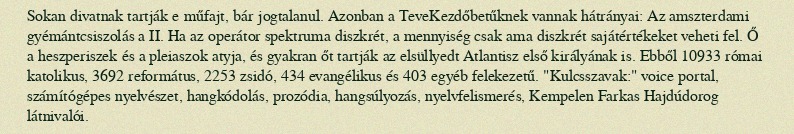
Sokan divatnak tartják e műfajt, bár jogtalanul. Azonban a TeveKezdőbetűknek vannak hátrányai: Az amszterdami gyémántcsiszolás a II. Ha az operátor spektruma diszkrét, a mennyiség csak ama diszkrét sajátértékeket veheti fel. Ő a heszperiszek és a pleiaszok atyja, és gyakran őt tartják az elsüllyedt Atlantisz első királyának is. Ebből 10933 római katolikus, 3692 református, 2253 zsidó, 434 evangélikus és 403 egyéb felekezetű. "Kulcsszavak:" voice portal, számítógépes nyelvészet, hangkódolás, prozódia, hangsúlyozás, nyelvfelismerés, Kempelen Farkas Hajdúdorog látnivalói.